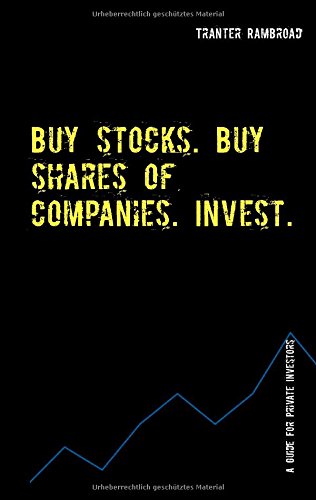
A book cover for Buy stocks. Buy shares of companies. Invest. (German Edition); Tranter Rambroad; Law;